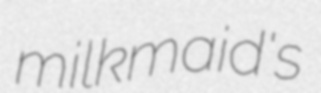
milkmaid's